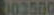
003580